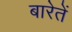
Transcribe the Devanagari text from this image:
बारेतें